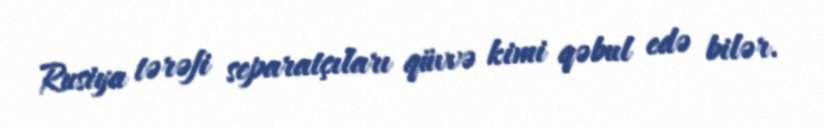
Rusiya tərəfi separatçıları qüvvə kimi qəbul edə bilər.